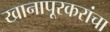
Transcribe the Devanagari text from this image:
खानापूरकरांचा